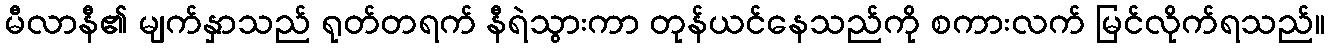
မီလာနီ၏ မျက်နှာသည် ရုတ်တရက် နီရဲသွားကာ တုန်ယင်နေသည်ကို စကားလက် မြင်လိုက်ရသည်။